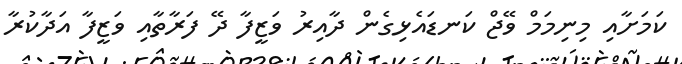
ކަމަށާއި މިނިމަމް ވޭޖް ކަނޑައެޅިގެން ދާއިރު ވަޒީފާ ދޭ ފަރާތާއި ވަޒީފާ އަދާކުރާ